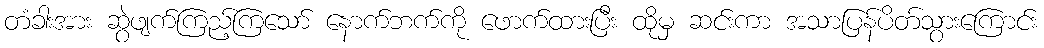
တံခါးအား ဆွဲဖျက်ကြည့်ကြသော် နောက်ဘက်ကို ဖောက်ထားပြီး ထိုမှ ဆင်းကာ အသာပြန်ပိတ်သွားကြောင်း